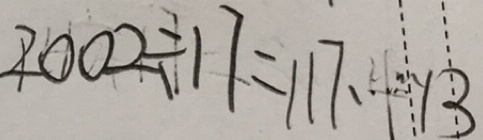
2 0 0 2 \div 1 7 = 1 1 7 \cdots 1 3